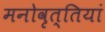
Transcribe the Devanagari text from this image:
मनोवृत्तियां